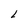
Character: L